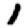
Digit: 1